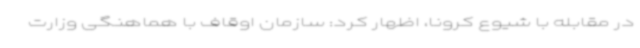
در مقابله با شیوع کرونا، اظهار کرد: سازمان اوقاف با هماهنگی وزارت